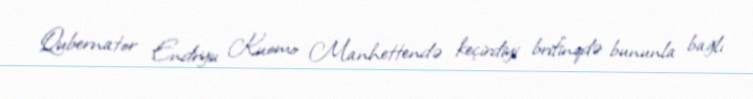
Qubernator Endryu Kuomo Manhettendə keçirdiyi brifinqdə bununla bağlı